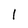
Character: l